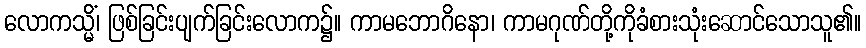
လောကသ္မိံ၊ ဖြစ်ခြင်းပျက်ခြင်းလောက၌။ ကာမဘောဂိနော၊ ကာမဂုဏ်တို့ကိုခံစားသုံးဆောင်သောသူ၏။